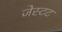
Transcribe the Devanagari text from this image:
जेस्टट